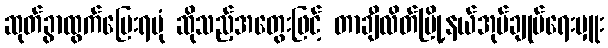
ဆုတ်ခွာထွက်ပြေးရပုံ ဆိုသည့်အတွေးဖြင့် တာချီလိတ်မြို့နယ်အုပ်ချုပ်ရေးမှူး